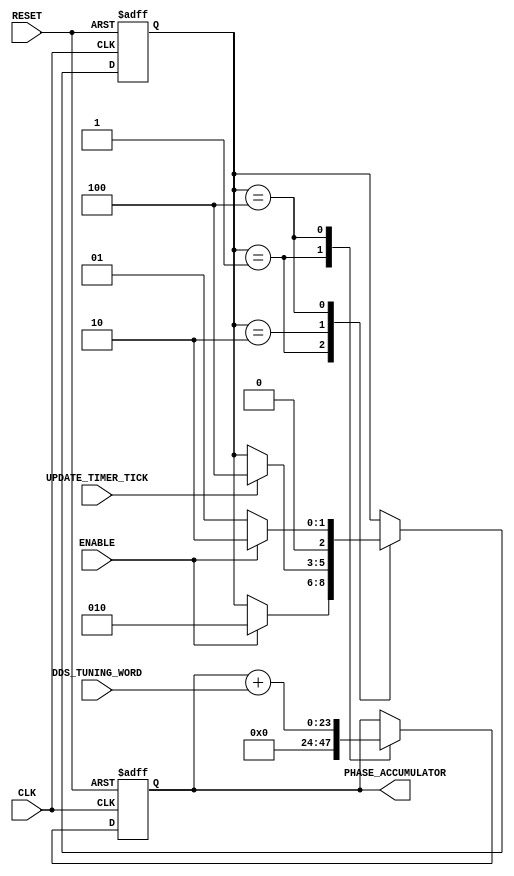
`timescale 1ns / 1ps
//////////////////////////////////////////////////////////////////////////////////
// Company: Case Western Reserve University
// 
// Project Name:   EECS301 Digital Design
// Design Name:    Lab #5 Project
// Module Name:    DDS_Phase_Controller
// Target Devices: Altera Cyclone V
// Tool versions:  Quartus v15.0
// Description:    Direct Digital Synthesis Phase Controller Module
//                 
// Dependencies:   
//
//////////////////////////////////////////////////////////////////////////////////

module DDS_Phase_Controller
#(
	parameter PHASE_ACC_WIDTH = 24
)
(
	// Control Signals
	input ENABLE,
	input UPDATE_TIMER_TICK,
	
	// Phase Signals
	input  [PHASE_ACC_WIDTH-1:0] DDS_TUNING_WORD,
	output [PHASE_ACC_WIDTH-1:0] PHASE_ACCUMULATOR,
	
	// System Signals
	input CLK,
	input RESET
);

	// FSM State Definition
	reg [2:0] State;
	localparam [2:0]
		S0 = 3'b001,
		S1 = 3'b010,
		S2 = 3'b100;

	
	// Phase Accumulator Register
	reg  [PHASE_ACC_WIDTH-1:0] phase_accumulator_reg;

	assign PHASE_ACCUMULATOR = phase_accumulator_reg;
	
	
	//
	// DDS Phase Control State Machine
	//
	always @(posedge CLK, posedge RESET)
	begin
	
		if (RESET)
		begin
		
			phase_accumulator_reg <= {PHASE_ACC_WIDTH{1'b0}};
					
			State <= S0;
			
		end
		else
		begin
		
			case (State)
			
				S0 :
				begin
				
					// Clear the Phase Accumulator
					phase_accumulator_reg <= {PHASE_ACC_WIDTH{1'b0}};
										
					// Start when Enabled
					if (ENABLE)
						State <= S1;
				
				end
				
				S1 :
				begin
				
					// Wait for next Update tick
					if (UPDATE_TIMER_TICK)
						State <= S2;
						
				end
				
				S2 :
				begin
												
					// Increment the Phase Accumulator
					phase_accumulator_reg <= phase_accumulator_reg + DDS_TUNING_WORD;
					
					// Check if still enabled
					if (ENABLE)
						State <= S1;
					else
						State <= S0;
				
				end
			
			endcase
		
		end
		
	end

endmodule